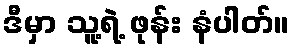
ဒီမှာ သူ့ရဲ့ ဖုန်း နံပါတ်။